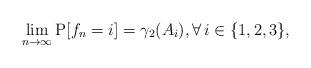
LaTeX: \begin{align*}\lim_{n \to \infty} \mathrm{P}[f_n = i] = \gamma_{2}(A_i), \forall\,i \in \{1,2,3\},\end{align*}